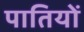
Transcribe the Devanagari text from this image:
पातियों